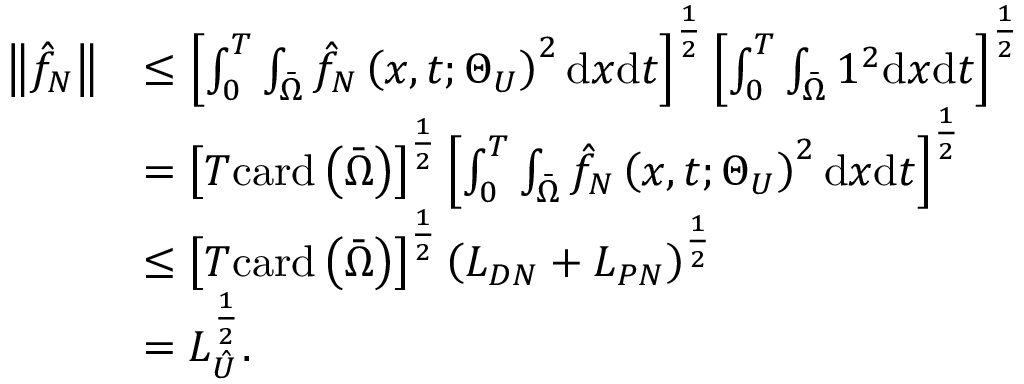
\begin{array} { r l } { \left\| { \hat { f } } _ { N } \right\| } & { \leq \left[ \int _ { 0 } ^ { T } \int _ { \bar { \Omega } } { \hat { f } } _ { N } \left( \boldsymbol { x } , t ; \boldsymbol { \Theta } _ { U } \right) ^ { 2 } \mathrm { d } \boldsymbol { x } \mathrm { d } t \right] ^ { \frac { 1 } { 2 } } \left[ \int _ { 0 } ^ { T } \int _ { \bar { \Omega } } 1 ^ { 2 } \mathrm { d } \boldsymbol { x } \mathrm { d } t \right] ^ { \frac { 1 } { 2 } } } \\ & { = \left[ T \mathrm { c a r d } \left( \bar { \Omega } \right) \right] ^ { \frac { 1 } { 2 } } \left[ \int _ { 0 } ^ { T } \int _ { \bar { \Omega } } { \hat { f } } _ { N } \left( \boldsymbol { x } , t ; \boldsymbol { \Theta } _ { U } \right) ^ { 2 } \mathrm { d } \boldsymbol { x } \mathrm { d } t \right] ^ { \frac { 1 } { 2 } } } \\ & { \leq \left[ T \mathrm { c a r d } \left( \bar { \Omega } \right) \right] ^ { \frac { 1 } { 2 } } \left( L _ { D N } + L _ { P N } \right) ^ { \frac { 1 } { 2 } } } \\ & { = L _ { \hat { U } } ^ { \frac { 1 } { 2 } } . } \end{array}